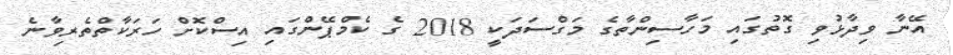
އޭނާ ވިދާޅުވި ގޮތުގައި މަހާސިންތާގެ މަގްސަދަކީ 2018 ގެ ކެމްޕޭންގައި އިސްކޮށް ހަރަކާތްތެރިވާނެ